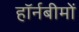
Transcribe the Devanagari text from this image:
हॉर्नबीमों